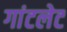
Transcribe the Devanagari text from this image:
गांटलेट